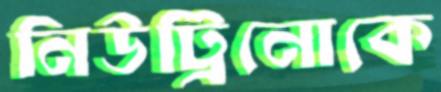
নিউট্রিনোকে